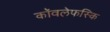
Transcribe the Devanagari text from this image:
कॉवलेफस्कि